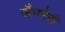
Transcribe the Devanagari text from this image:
जैनगेरी